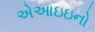
એઆઇઇનો